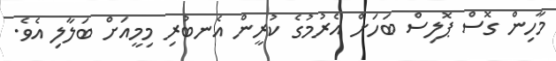
މާހިން ގޮސް ޕޮލިސް ބަހަށް އެރުމުގެ ކުރީން އެނބުރި މިމީއަށް ބަލާލި އެވެ.